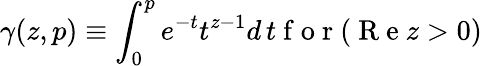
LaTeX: \gamma(z,p)\equiv\int_{0}^{p}e^{-t}t^{z-1}d\, t\mathrm{~f~o~r~}(\mathrm{~R~e~}z>0)